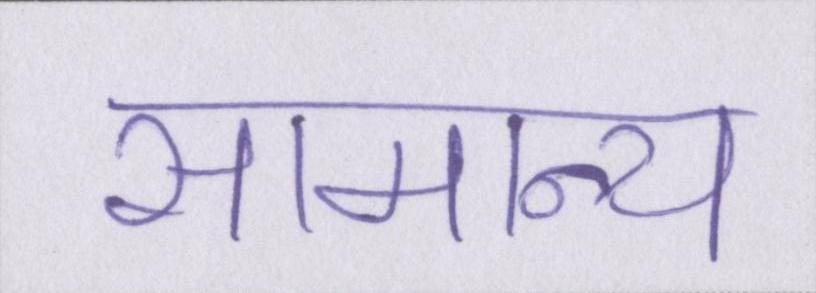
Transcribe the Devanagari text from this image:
सामान्य